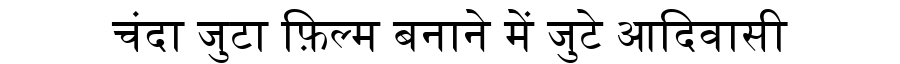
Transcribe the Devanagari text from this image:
चंदा जुटा फ़िल्म बनाने में जुटे आदिवासी